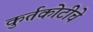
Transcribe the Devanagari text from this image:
कुर्तकोटीचे